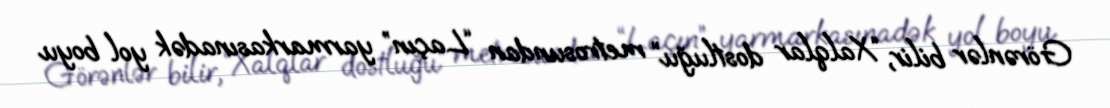
Görənlər bilir, “Xalqlar dostluğu” metrosundan “Laçın” yarmarkasınadək yol boyu